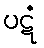
ပဋံ